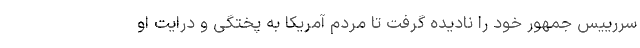
سررییس جمهور خود را نادیده گرفت تا مردم آمریکا به پختگی و درایت او